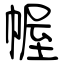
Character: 幄